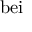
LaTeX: \mathrm { b e i }